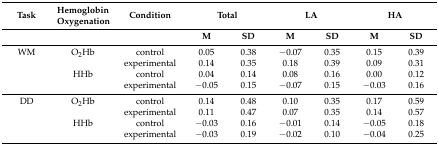
| Task | Hemoglobin Oxygenation | Condition | <COLSPAN=2> Total | <COLSPAN=2> LA | <COLSPAN=2> HA |
 |  |  |  | M | SD | M | SD | M | SD |
 | --- | --- | --- | --- | --- | --- | --- | --- | --- |
 | WM | O2Hb | control | 0.05 | 0.38 | −0.07 | 0.35 | 0.15 | 0.39 |
 |  |  | experimental | 0.14 | 0.35 | 0.18 | 0.39 | 0.09 | 0.31 |
 |  | HHb | control | 0.04 | 0.14 | 0.08 | 0.16 | 0.00 | 0.12 |
 |  |  | experimental | −0.05 | 0.15 | −0.07 | 0.15 | −0.03 | 0.16 |
 | DD | O2Hb | control | 0.14 | 0.48 | 0.10 | 0.35 | 0.17 | 0.59 |
 |  |  | experimental | 0.11 | 0.47 | 0.07 | 0.35 | 0.14 | 0.57 |
 |  | HHb | control | −0.03 | 0.16 | −0.01 | 0.14 | −0.05 | 0.18 |
 |  |  | experimental | −0.03 | 0.19 | −0.02 | 0.10 | −0.04 | 0.25 |